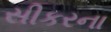
સીકરના